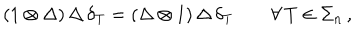
( 1 \otimes \Delta ) \, \Delta \, \delta _ { T } = ( \Delta \otimes 1 ) \, \Delta \, \delta _ { T } \qquad \forall \, T \in \Sigma _ { n } \, ,